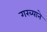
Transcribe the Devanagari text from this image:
गरब्याने